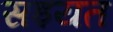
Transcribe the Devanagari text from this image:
सइयत